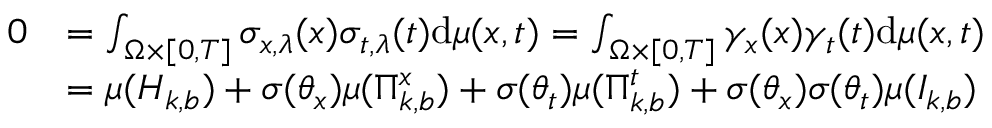
\begin{array} { r l } { 0 } & { = \int _ { \Omega \times [ 0 , T ] } \sigma _ { x , \lambda } ( \boldsymbol { x } ) \sigma _ { t , \lambda } ( t ) \mathrm { d } \mu ( \boldsymbol { x } , t ) = \int _ { \Omega \times [ 0 , T ] } \gamma _ { x } ( \boldsymbol { x } ) \gamma _ { t } ( t ) \mathrm { d } \mu ( \boldsymbol { x } , t ) } \\ & { = \mu ( H _ { k , b } ) + \sigma ( \theta _ { x } ) \mu ( \Pi _ { k , b } ^ { x } ) + \sigma ( \theta _ { t } ) \mu ( \Pi _ { k , b } ^ { t } ) + \sigma ( \theta _ { x } ) \sigma ( \theta _ { t } ) \mu ( I _ { k , b } ) } \end{array}